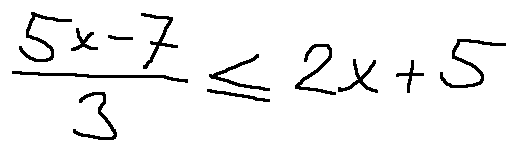
\frac { 5 x - 7 } { 3 } \leq 2 x + 5